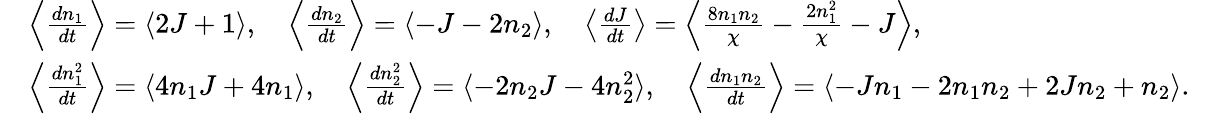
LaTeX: \begin{array}{rlr}&{\left\langle\frac{dn_{1}}{dt}\right\rangle=\langle 2J+1\rangle,\quad\left\langle\frac{dn_{2}}{dt}\right\rangle=\langle-J-2n_{2}\rangle,\quad\left\langle\frac{dJ}{dt}\right\rangle=\left\langle\frac{8n_{1}n_{2}}{\chi}-\frac{2n_{1}^{2}}{\chi}-J\right\rangle,}&\\ &{\left\langle\frac{dn_{1}^{2}}{dt}\right\rangle=\langle 4n_{1}J+4n_{1}\rangle,\quad\left\langle\frac{dn_{2}^{2}}{dt}\right\rangle=\langle-2n_{2}J-4n_{2}^{2}\rangle,\quad\left\langle\frac{dn_{1}n_{2}}{dt}\right\rangle=\langle-Jn_{1}-2n_{1}n_{2}+2Jn_{2}+n_{2}\rangle.}&\end{array}